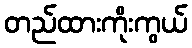
တည်ထားကိုးကွယ်